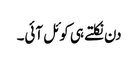
دن نکلتے ہی کوئل آئی۔